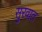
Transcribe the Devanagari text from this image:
सुुरवात